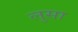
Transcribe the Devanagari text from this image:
लुसा